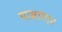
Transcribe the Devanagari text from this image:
यात्रागार